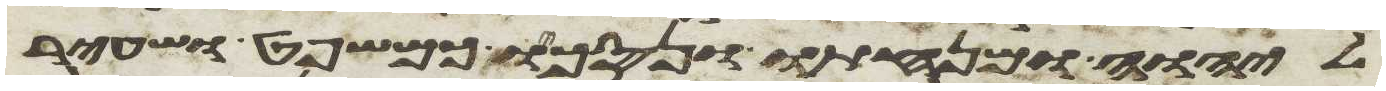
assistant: ליהוה ומנחתו ונסכו כמשפט ושעיר